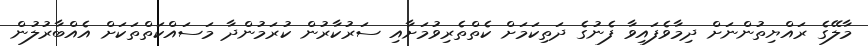
މާލޭގެ ރައްޔިތުންނަށް ދިމާވެފައިވާ ފެނުގެ ދަތިކަމަށް ކެތްތެރިވުމަށާއި ސަރުކާރުން ކުރަމުންދާ މަސައްކަތްތަކަށް އެއްބާރުލުން